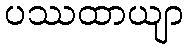
ပဿထာယျာ